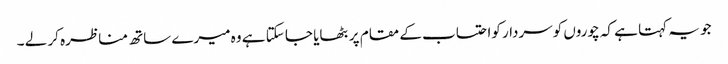
جو یہ کہتا ہے کہ چوروں کوسردار کواحتساب کے مقام پر بٹھایا جا سکتا ہے وہ میرے ساتھ مناظرہ کر لے ۔